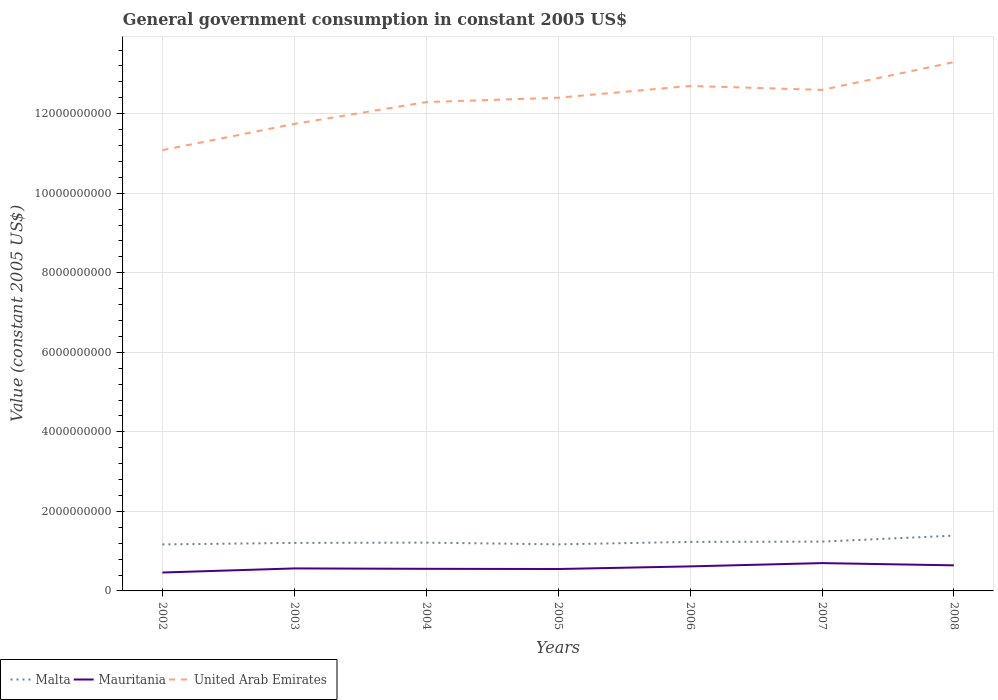
| Years | Malta | Mauritania | United Arab Emirates |
 | --- | --- | --- | --- |
 | 2002 | 1.17e+09 | 4.63e+08 | 1.11e+10 |
 | 2003 | 1.21e+09 | 5.66e+08 | 1.17e+10 |
 | 2004 | 1.21e+09 | 5.56e+08 | 1.23e+10 |
 | 2005 | 1.17e+09 | 5.51e+08 | 1.24e+10 |
 | 2006 | 1.23e+09 | 6.17e+08 | 1.27e+10 |
 | 2007 | 1.24e+09 | 7e+08 | 1.26e+10 |
 | 2008 | 1.39e+09 | 6.43e+08 | 1.33e+10 |